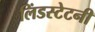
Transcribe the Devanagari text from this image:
लिंडस्टेटनी